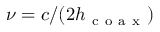
\nu = c / ( 2 h _ { \mathrm { ~ c ~ o ~ a ~ x ~ } } )